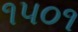
૧૫૦૧